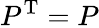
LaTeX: P^{\mathrm{T}}=P